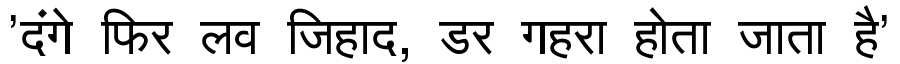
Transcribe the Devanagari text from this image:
'दंगे फिर लव जिहाद, डर गहरा होता जाता है'